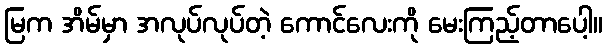
မြက အိမ်မှာ အလုပ်လုပ်တဲ့ ကောင်လေးကို မေးကြည့်တာပေါ့။